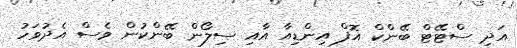
އަދި ސްޓޭޓް ބޭންކް އޮފް އިންޑިއާ އާއި ސިލޯން ބޭންކުން ވެސް އެދުވަހު